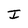
Character: I